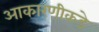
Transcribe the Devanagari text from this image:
आकारणीकडे